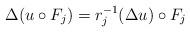
LaTeX: \begin{align*}\Delta(u\circ F_j) = r_j^{-1}(\Delta u)\circ F_j\end{align*}